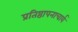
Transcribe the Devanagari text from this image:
प्रतिष्ठापनाचार्य